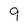
Character: 9